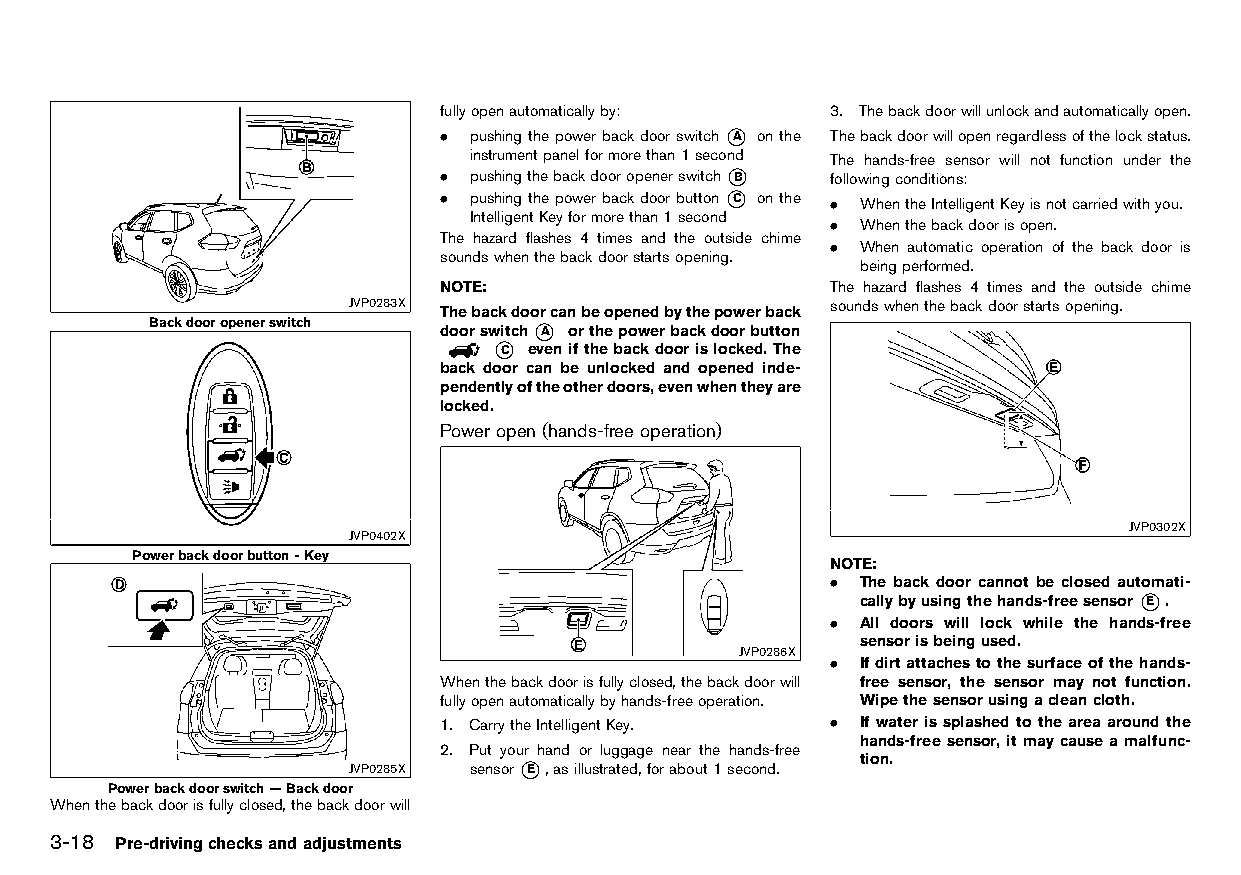
(126,1)
 fullyopenautomaticallyby: 3. Thebackdoorwillunlockandautomaticallyopen.
 . pushingthepowerbackdoorswitch*A onthe Thebackdoorwillopenregardlessofthelockstatus.
 instrumentpanelformorethan1second The hands-free sensor will not function under the
 . pushingthebackdooropenerswitch*B followingconditions:
 . pushingthepowerbackdoorbutton*C onthe . WhentheIntelligentKeyisnotcarriedwithyou.
 IntelligentKeyformorethan1second
 . Whenthebackdoorisopen.
 The hazard flashes 4 times and the outside chime
 . When automatic operation of the back door is
 soundswhenthebackdoorstartsopening.
 beingperformed.
 NOTE:                     The hazard flashes 4 times and the outside chime
 JVP0283X Thebackdoorcanbeopenedbythepowerback soundswhenthebackdoorstartsopening.
 Backdooropenerswitch doorswitch*A orthepowerbackdoorbutton
 *C evenifthebackdoorislocked.The
 back door can be unlocked and opened inde-
 pendentlyoftheotherdoors,evenwhentheyare
 locked.
 Poweropen (hands-free operation)
 HT32A1-961B25EC-1E8A-4E34-B404-F0E5F836460B
 JVP0302X
 JVP0402X
 Powerbackdoorbutton-Key
 NOTE:
 . The back door cannot be closed automati-
 callybyusingthehands-freesensor*E .
 . All doors will lock while the hands-free
 sensorisbeingused.
 JVP0286X
 . Ifdirtattachestothesurfaceofthehands-
 Whenthebackdoorisfullyclosed,thebackdoorwill free sensor, the sensor may not function.
 fullyopenautomaticallybyhands-freeoperation. Wipethesensorusingacleancloth.
 1. CarrytheIntelligentKey. . Ifwater issplashed totheareaaround the
 hands-freesensor,itmaycauseamalfunc-
 2. Put your hand or luggage near the hands-free
 JVP0285X sensor*E ,asillustrated,forabout1second. tion.
 Powerbackdoorswitch—Backdoor
 Whenthebackdoorisfullyclosed,thebackdoorwill
 3-18 Pre-drivingchecksandadjustments
 Condition:                        [Edit:2015/8/24 Model: HT32-A]